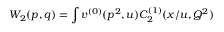
W _ { 2 } ( p , q ) = \int v ^ { ( 0 ) } ( p ^ { 2 } , u ) C _ { 2 } ^ { ( 1 ) } ( x / u , Q ^ { 2 } )